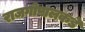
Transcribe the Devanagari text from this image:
राजगोपालकडे